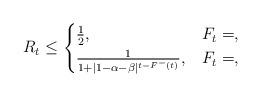
LaTeX: \begin{align*} R_t \leq \begin{cases} \frac{1}{2}, & F_t = ,\\ \frac{1}{1+ |1- \alpha -\beta|^{t-F^{-}(t)}}, & F_t = , \end{cases} \end{align*}